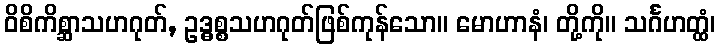
ဝိစိကိစ္ဆာသဟဂုတ်, ဥဒ္ဓစ္စသဟဂုတ်ဖြစ်ကုန်သော။ မောဟာနံ၊ တို့ကို။ သင်္ဂဟတ္ထံ၊